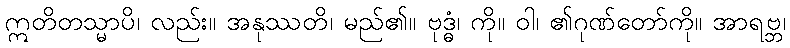
ဣတိတသ္မာပိ၊ လည်း။ အနုဿတိ၊ မည်၏။ ဗုဒ္ဓံ၊ ကို။ ဝါ၊ ၏ဂုဏ်တော်ကို။ အာရဗ္ဘ၊